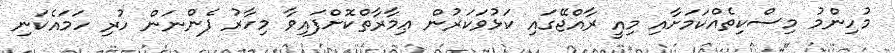
މުހިންމު މިސްކިތެއްކަމަށާއި މިއީ ރާއްޖޭގައި ކަޅުވަކަރުން ޢިމާރާތްކޮށްފައިވާ މިހާރު ފެންނަން ހުރި ހަމައެކަނި